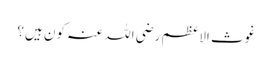
غوث الاعظم رضی اللہ عنہ کون ہیں؟